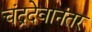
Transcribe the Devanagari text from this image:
चंद्रदेवानंतर